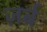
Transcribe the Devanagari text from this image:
ज़र्ब